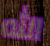
الله